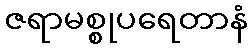
ဇရာမစ္စုပရေတာနံ